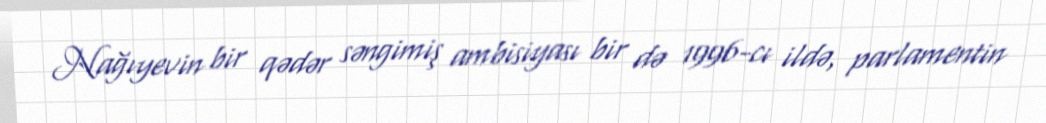
Nağıyevin bir qədər səngimiş ambisiyası bir də 1996-cı ildə, parlamentin